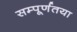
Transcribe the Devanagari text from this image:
सम्पूर्णतया